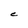
Character: C